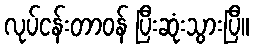
လုပ်ငန်းတာဝန် ပြီးဆုံးသွားပြီ။